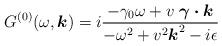
LaTeX: \begin{align*}G^{(0)}(\omega, \mbox{\boldmath $k$}) = i \frac{ - \gamma_{0} \omega+ v \; \mbox{\boldmath $\gamma \cdot k$}}{ - \omega^{2} + v^{2} \mbox{\boldmath $k$}^{2} - i \epsilon } \end{align*}